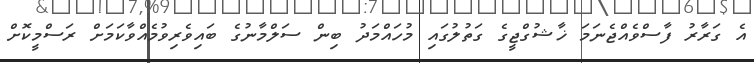
އެ ގަރާރު ފާސްވެއްޖެނަމަ ޚާޝުގްޖީގެ ގަތުލުގައި މުހައްމަދު ބިން ސަލްމާނުގެ ބައިވެރިވުމެއްވާކަމަށް ރަސްމީކޮށް